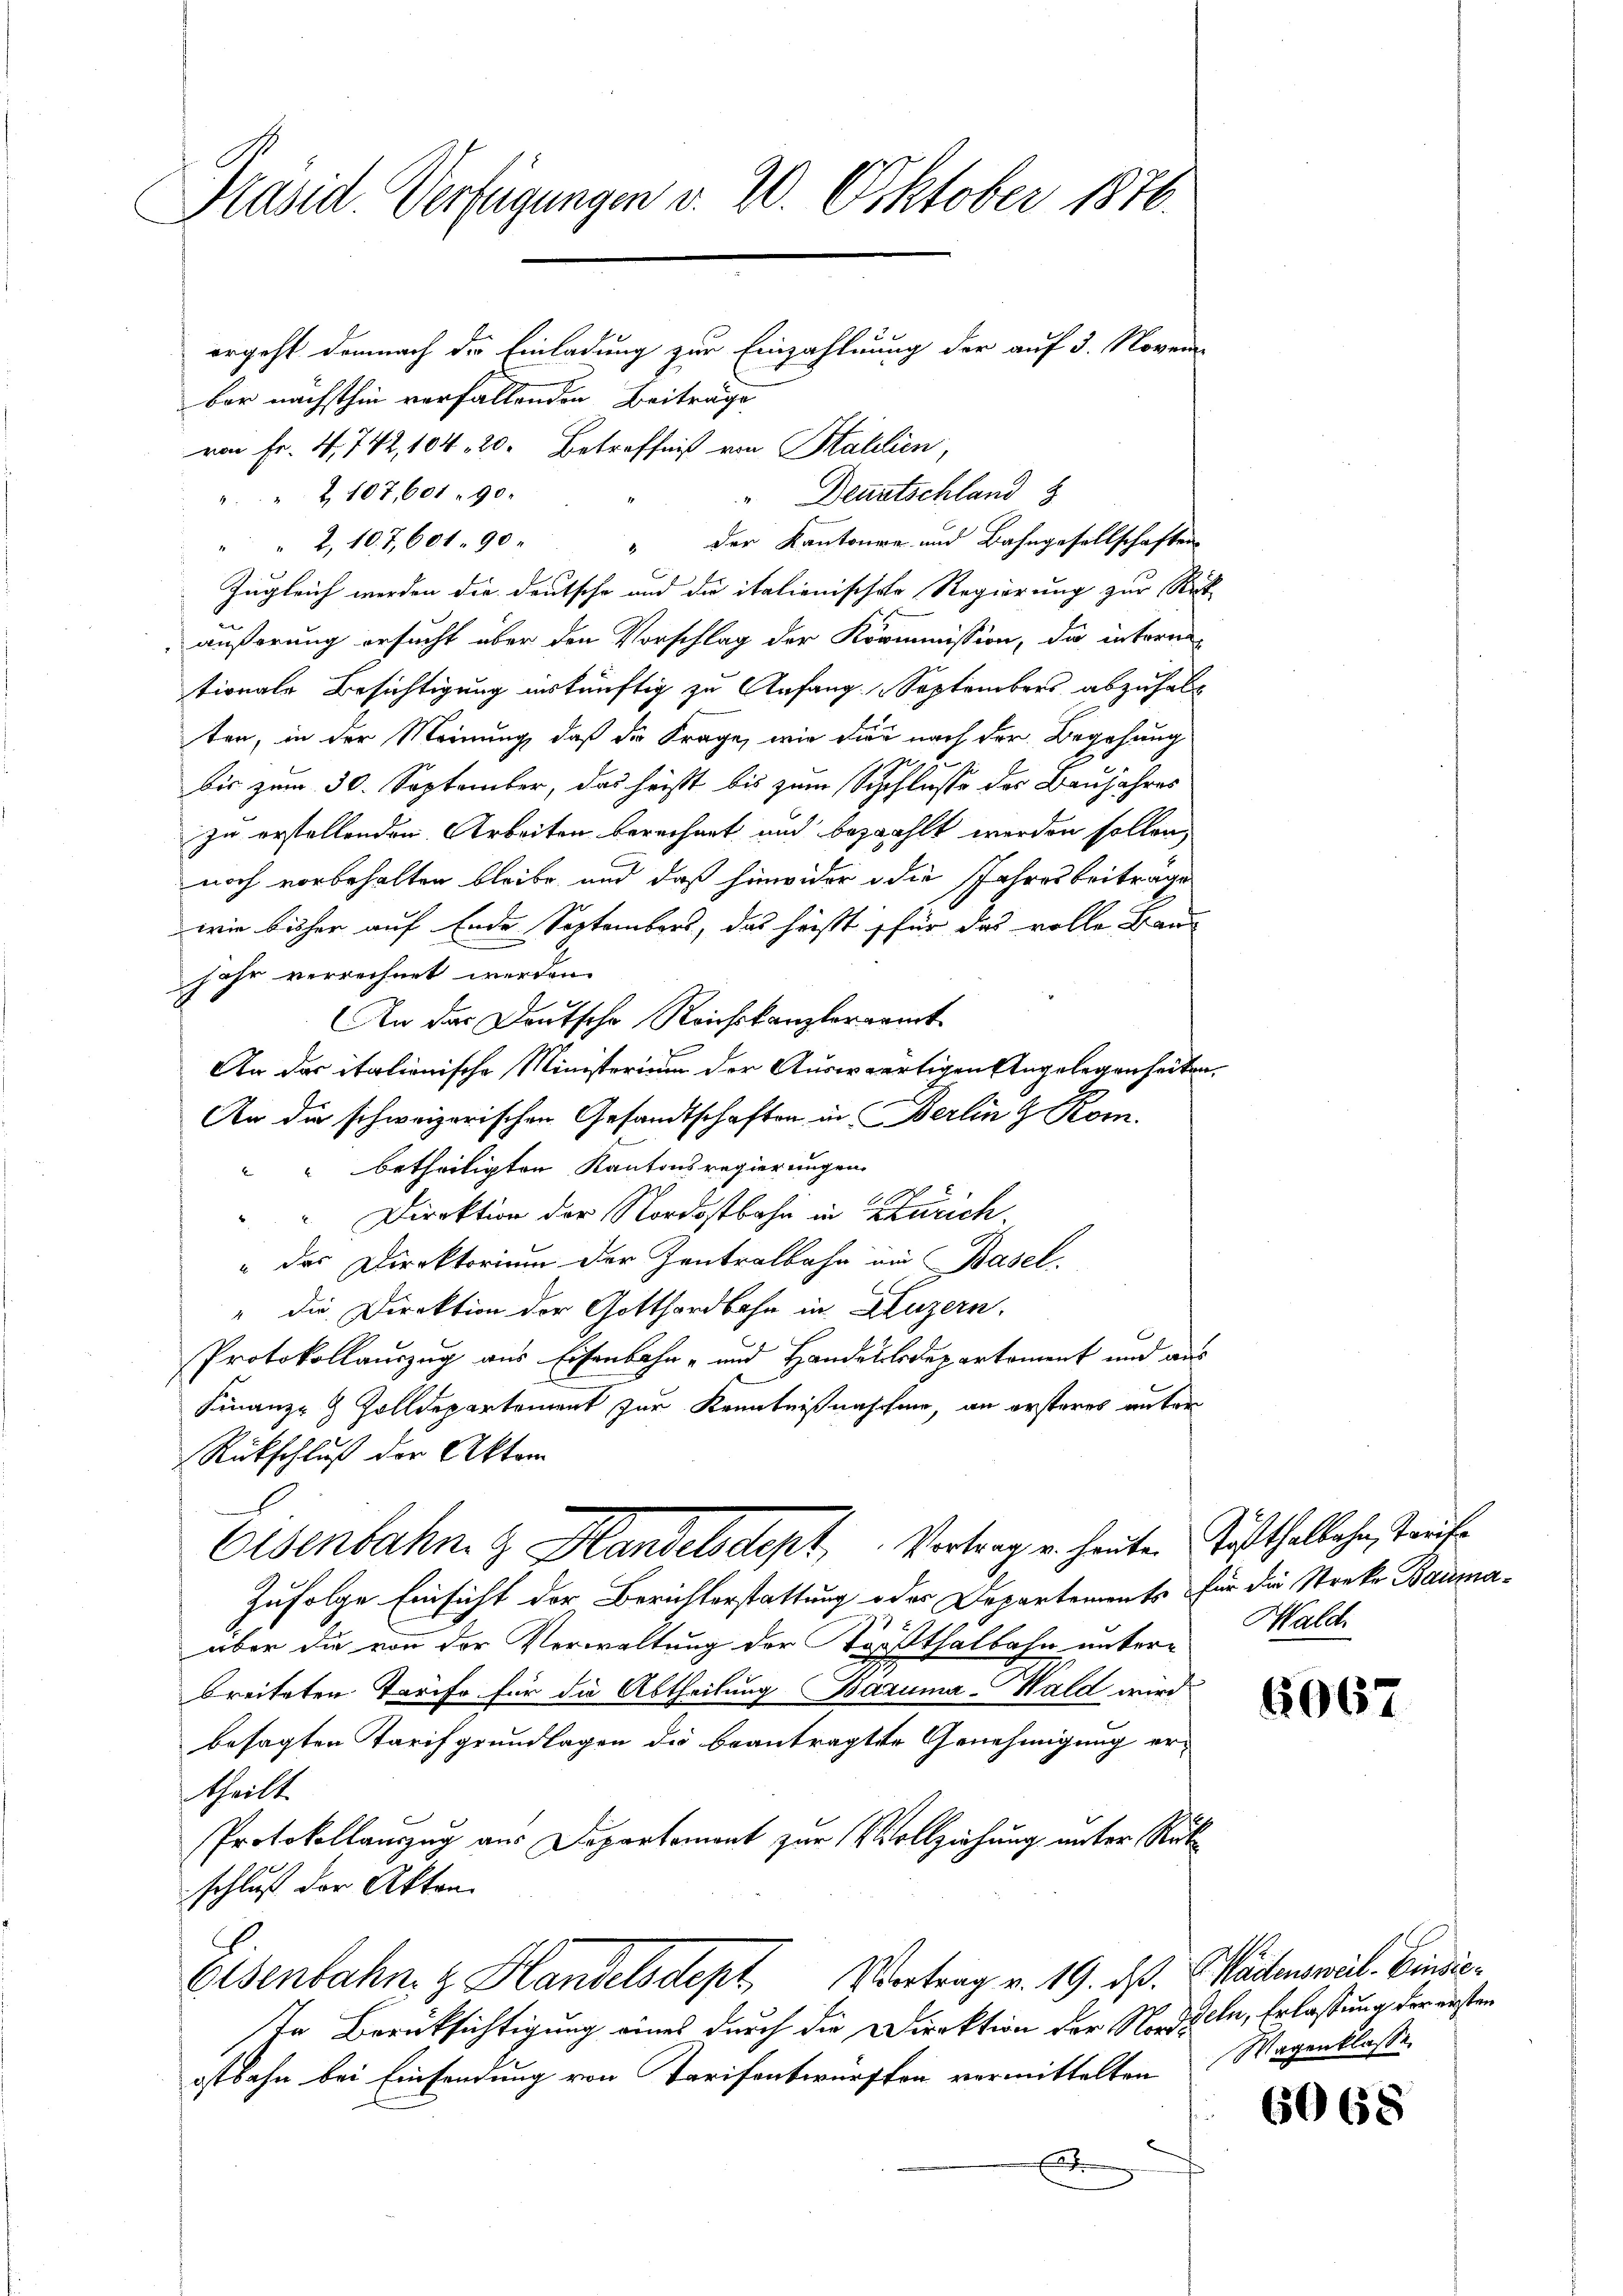
Präsid. Verfügungen v. 20. Oktober 1876.
ergeht demnach der Einladung zur Einzahlung der auf 3. Novem
bar nächsthin verfallenden Beiträge

von Fr. 4. 742, 104. 20. Betreffniß von Habilien,
" " 1107,601. 90.
" " 2, 107,601. 90. " der Kantonen und Bahngesellschaften
Zugleich werden die deutsche und die italionischer Regierung zur Rück-
äußerung ersucht über den Vorschlag der Kommission, da intern
tionale Besichtigung inskünftig zu Anfang Septembers abzuhalten, in der Meinung, daß da Frage, wie dies nach der Begehung
bis zum 30. September, das heißt bis zum Schlusse der Baujahres
zu erstellenden Arbeiten berechnet und bezahlt werden sollen,
noch vorbehalten bleibe und daß hinwider die Jahresbeiträge
wie bisher auf Ende Septembers, das heißt für das volle Baujahr verrechnet werden.
An das Deutsche Reichskanzlerramt
An das italienische Ministerium der Auswärtigen Angelegenheiten,
An die schweizerischen Gesandtschaften in Berlin & Rom.
" betheiligten Kantonsregierungen
" Direktion der Nordostbahn in Zürich,
" das Direktorium der Zentralbahn um Basel
" die Direktion der Gotthardbahn in Luzern.
Protokollauszug aus Eisenbahn- und Handelslodepartoment und aus
Finanz- & Zolldepartement zur Kenntnißnaschen, an ersteres unter
Rückschluß der Aktem
Eisenbahn & Handelsdept, Vertrag u. heuten Austhaltehe, taufe
Zufolge Einsicht der Berichterstattung oder Departements für die Streke Baumaaber die von der Verwaltung der Forsthalbahn unterbreiteten Tarife für die Abtheilung Bazuma-Hald wird
besagten Tarifgrundlagen die beantragte Genehmigung ertheilt.
Protokollauszug aus Departement zur Vollziehung unter Rükschluß der Akten.
Eisenbahn z. Handelsdept, Vertrag v. 19. ds. Wädensweil. Einsic
In Berücksichtigung eines durch die Direktion der Nordostbahn bei Einsendung von Tarifantwürften vermittelten Wagenklasse
d

"Deutschland

Wald.

6067

deln, Erlassung der ersten

6068